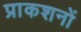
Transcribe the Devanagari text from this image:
प्राकशनों